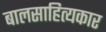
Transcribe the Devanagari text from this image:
बालसाहित्‍यकार